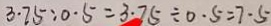
3 . 7 5 : 0 . 5 = 3 . 7 5 \div 0 . 5 = 7 \cdot 5